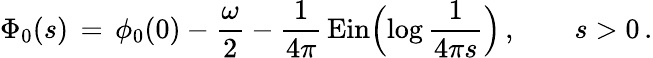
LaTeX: \Phi_{0}(s)\, =\, \phi_{0}(0)-\frac{\omega}{2}-\frac{1}{4\pi}\, \mathrm{Ein}\Bigl(\log\frac{1}{4\pi s}\Bigr)\, ,\qquad s>0\, .